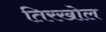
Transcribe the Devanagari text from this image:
तिरखोल